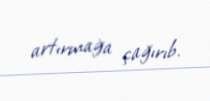
artırmağa çağırıb.